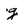
Character: g